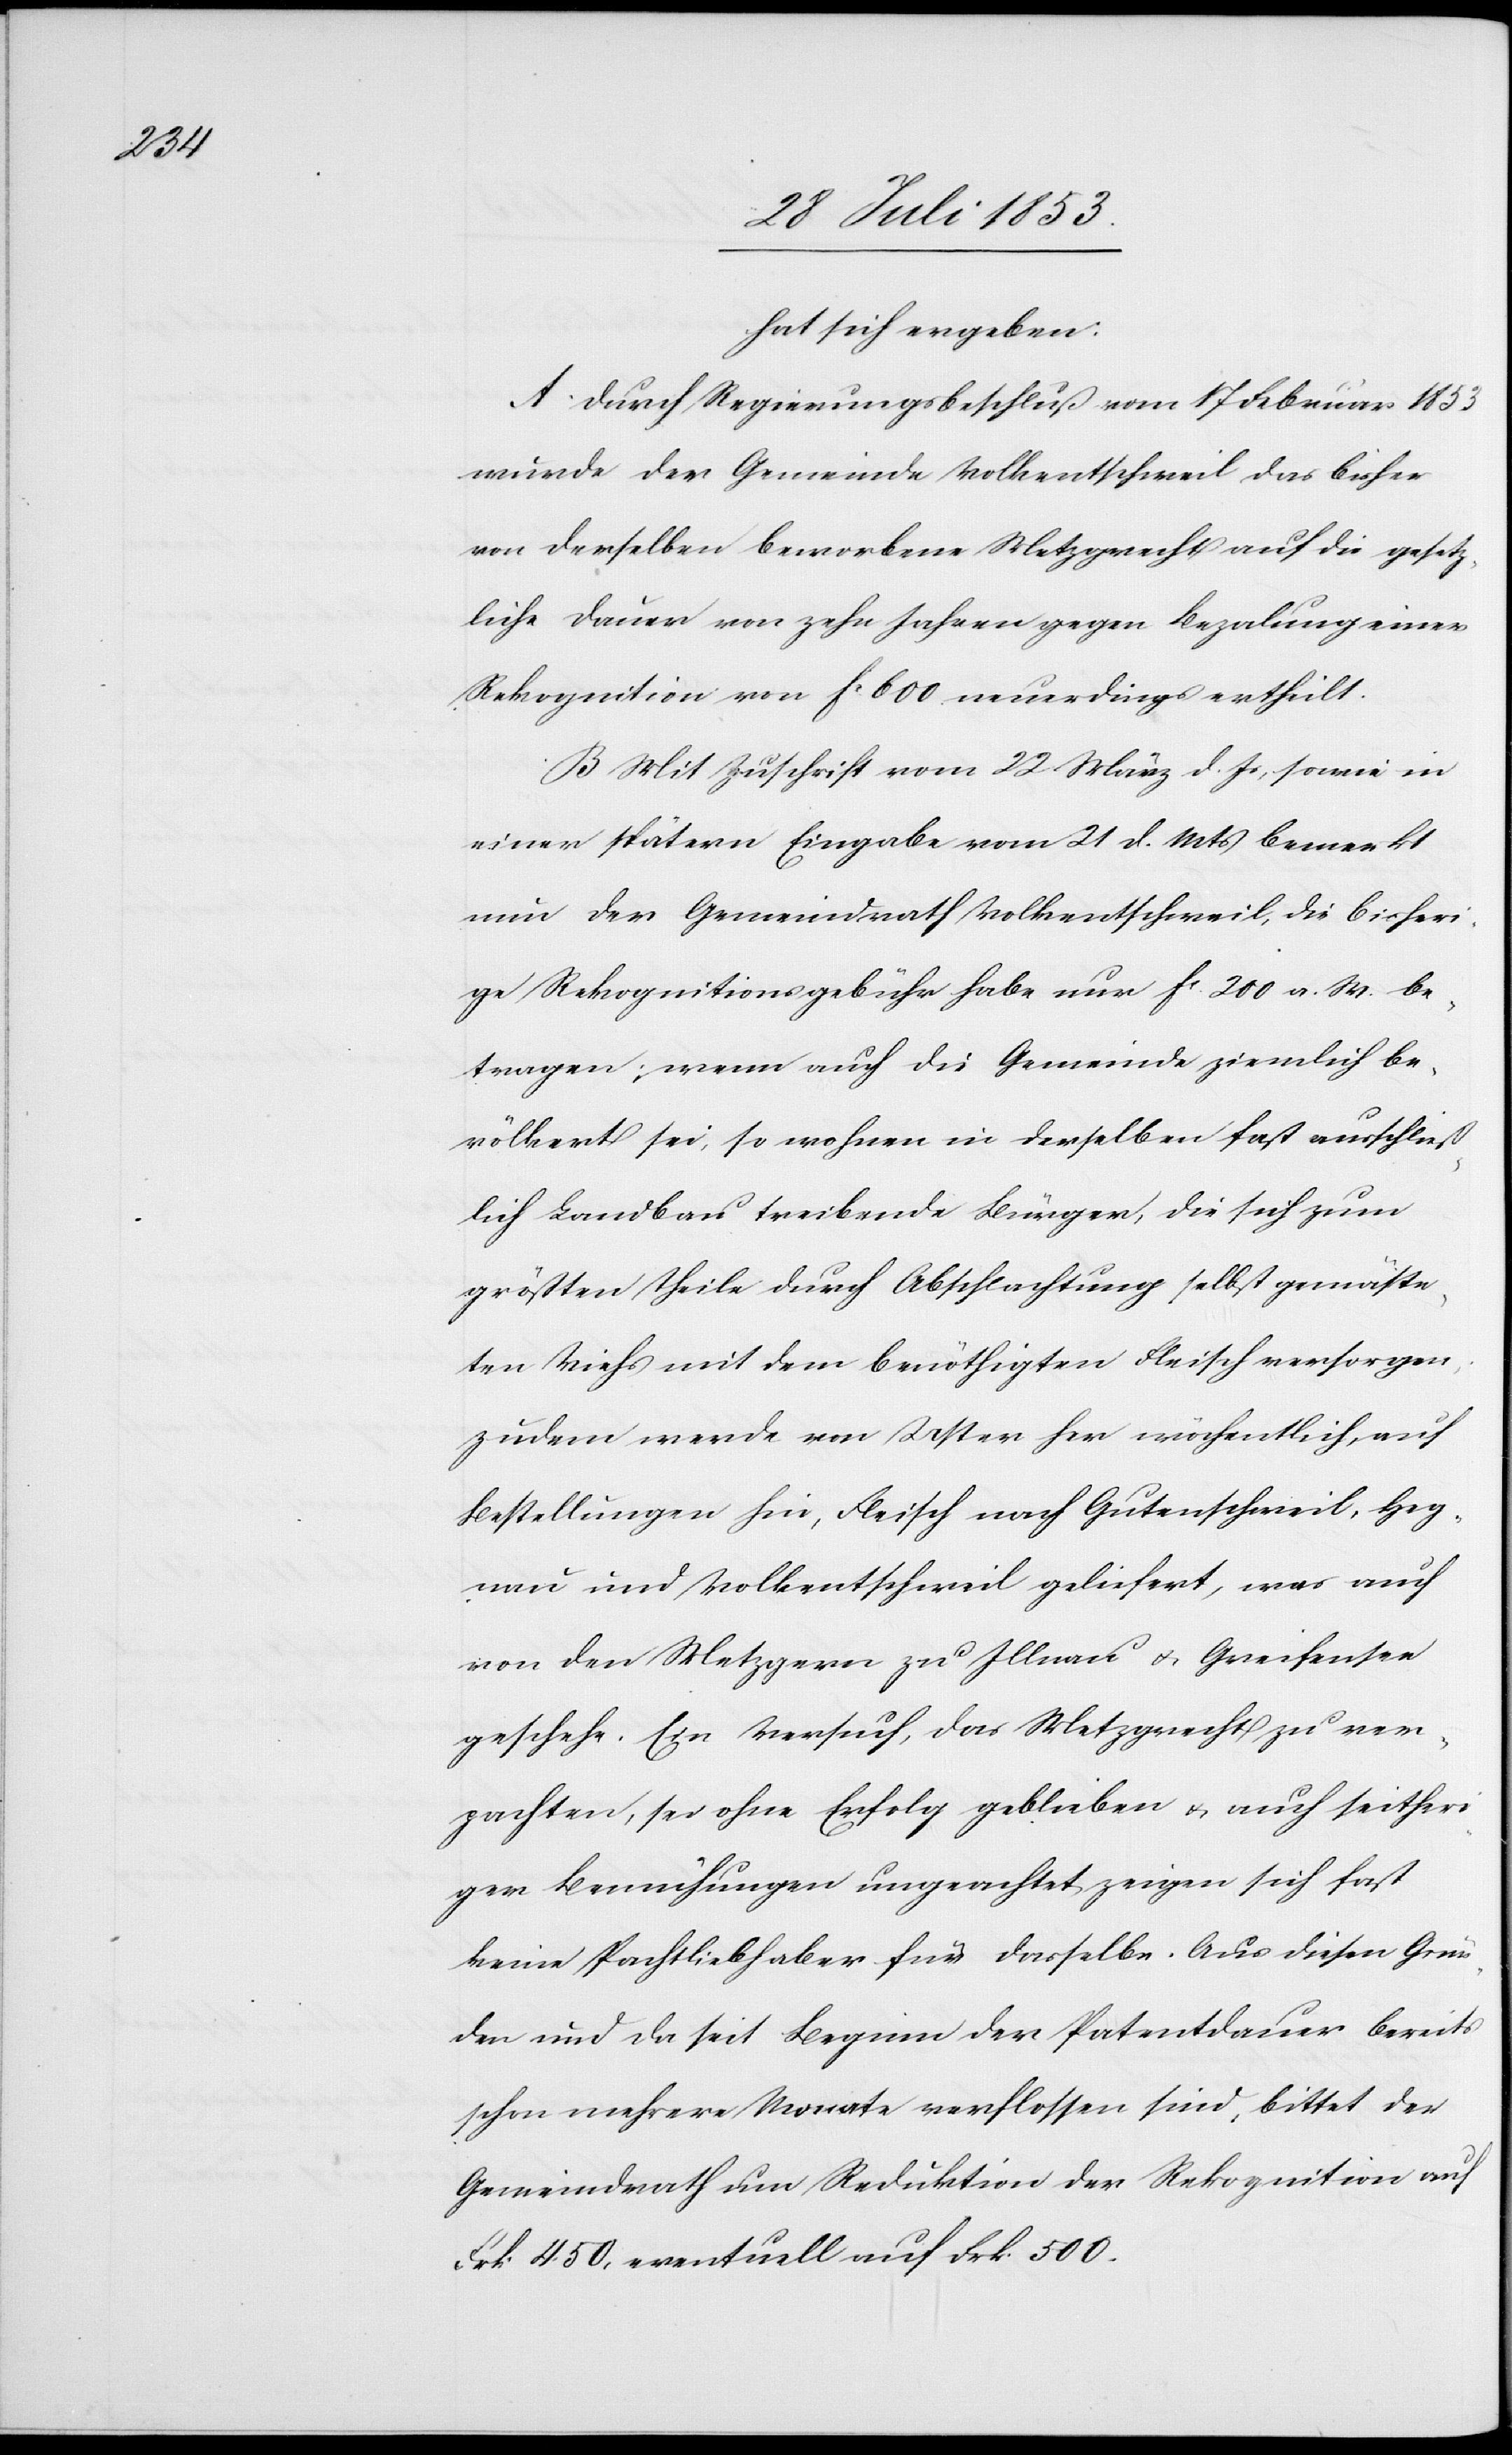
hat sich ergeben:
A. Durch Regierungsbeschlußvom 17 Februar 1853
wurde der Gemeinde Volkentschweil das bisher
von derselben beworbene Metzgrecht auf die gesetz¬
liche Dauer von zehn Jahren gegen Bezalung einer
Rekognition von fc 600 neuerdings ertheilt.
B. Mit Zuschrift vom 22 März d. Js., sowie in
einer spätern Eingabe vom 21 d. Mts. bemerkt
nun der Gemeindrath Volkentschweil, die bisheri¬
ge Rekognitionsgebühr habe nur fc 200 a. W. be¬
tragen, wenn auch die Gemeinde ziemlich be¬
völkert sei, so nehmen in derselben fast ausschließ¬
lich Landbau treibende Bürer, die sich zum
größten Theile durch Abschlachtung selbst gemäste¬
ten Viehs mit dem benöthigten Fleisch versorgen.
Zudem werde von Uster her wöchentlich, auf
Bestellungen hin, Fleisch nach Gutenschweil, Heg¬
nau und Volkentschweil geliefert, was auch
von den Metzgern zu Illnau u. Greifensee
geschehe. Ein Versuch, das Metzgrecht zu ver¬
pachten, sei ohne Erfolg geblieben u. auch seither¬
iger Bemühungen ungeachtet zeigen sich fast
keine Pachtliebhaber für dasselbe. Aus diesen Grün¬
den und da seit Beginn der Patentdauer bereits
schon mehrere Monate verflossen sind, bittet der
Gemeindrath um Reduktion der Rekognition auf
Frk. 450, eventuell auf Frk. 500.